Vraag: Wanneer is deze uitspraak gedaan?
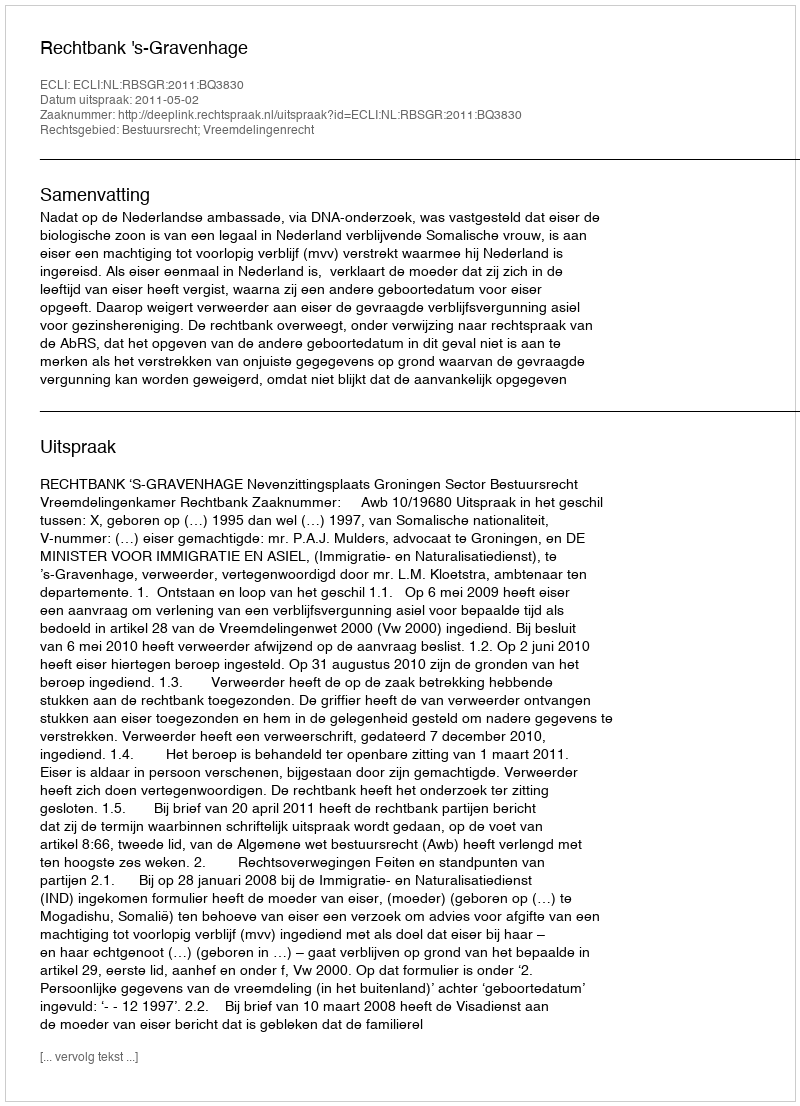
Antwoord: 2011-05-02